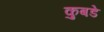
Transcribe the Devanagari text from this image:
कुबडे